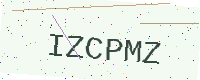
Text: IZCPMZ